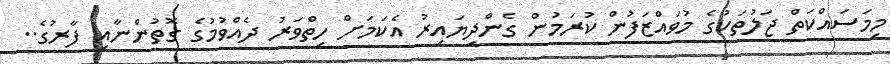
މިމަސައްކަތް ޖަލުތަކުގެ މުވައްޒަފުން ކުރަމުން ގެންދިޔައިރު އެކަމަށް ހިތްވަރު ދެއްވުމުގެ ގޮތުންނާއި ފާރުގެ..